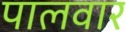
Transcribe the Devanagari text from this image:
पालवार